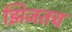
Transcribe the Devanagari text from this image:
झिजतच